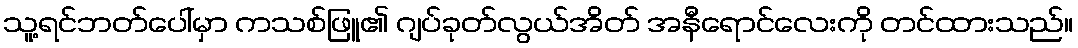
သူ့ရင်ဘတ်ပေါ်မှာ ကသစ်ဖြူ၏ ဂျပ်ခုတ်လွယ်အိတ် အနီရောင်လေးကို တင်ထားသည်။